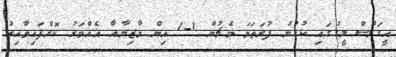
އީގަލްސް ލީގުގައި ކުޅުނު ފުރަތަމަ މެޗުން 1-1 އިން މާޒިޔާއާ އެއްވަރު ކޮށްފައިވާއިރު